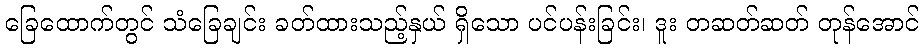
ခြေထောက်တွင် သံခြေချင်း ခတ်ထားသည့်နှယ် ရှိသော ပင်ပန်းခြင်း၊ ဒူး တဆတ်ဆတ် တုန်အောင်